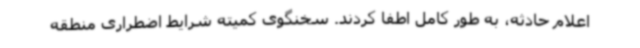
اعلام حادثه، به طور کامل اطفا کردند. سخنگوی کمیته شرایط اضطراری منطقه